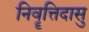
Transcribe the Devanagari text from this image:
निवॄत्तिदासु